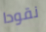
نقودا